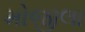
મોજીલા